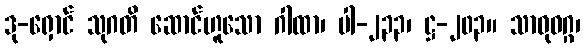
ဒု-ရှောင် သုဂတိ ဆောင်ဟူသော ဂါထာ၊ ပါ-၂၃၃၊ ဋ္ဌ-၂၀၃။ သာဓုဝဂ္ဂ၊